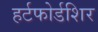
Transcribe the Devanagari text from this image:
हर्टफोर्डशिर